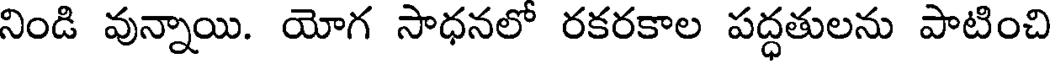
నిండి వున్నాయి. యోగ సాధనలో రకరకాల పద్ధతులను పాటించి